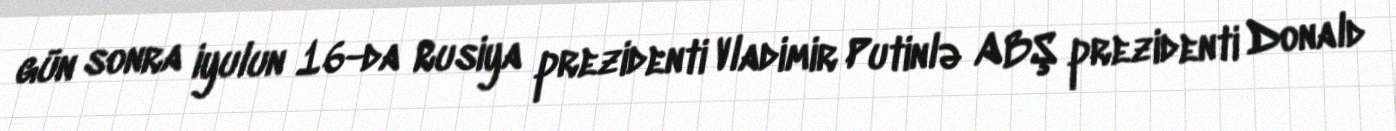
gün sonra iyulun 16-da Rusiya prezidenti Vladimir Putinlə ABŞ prezidenti Donald